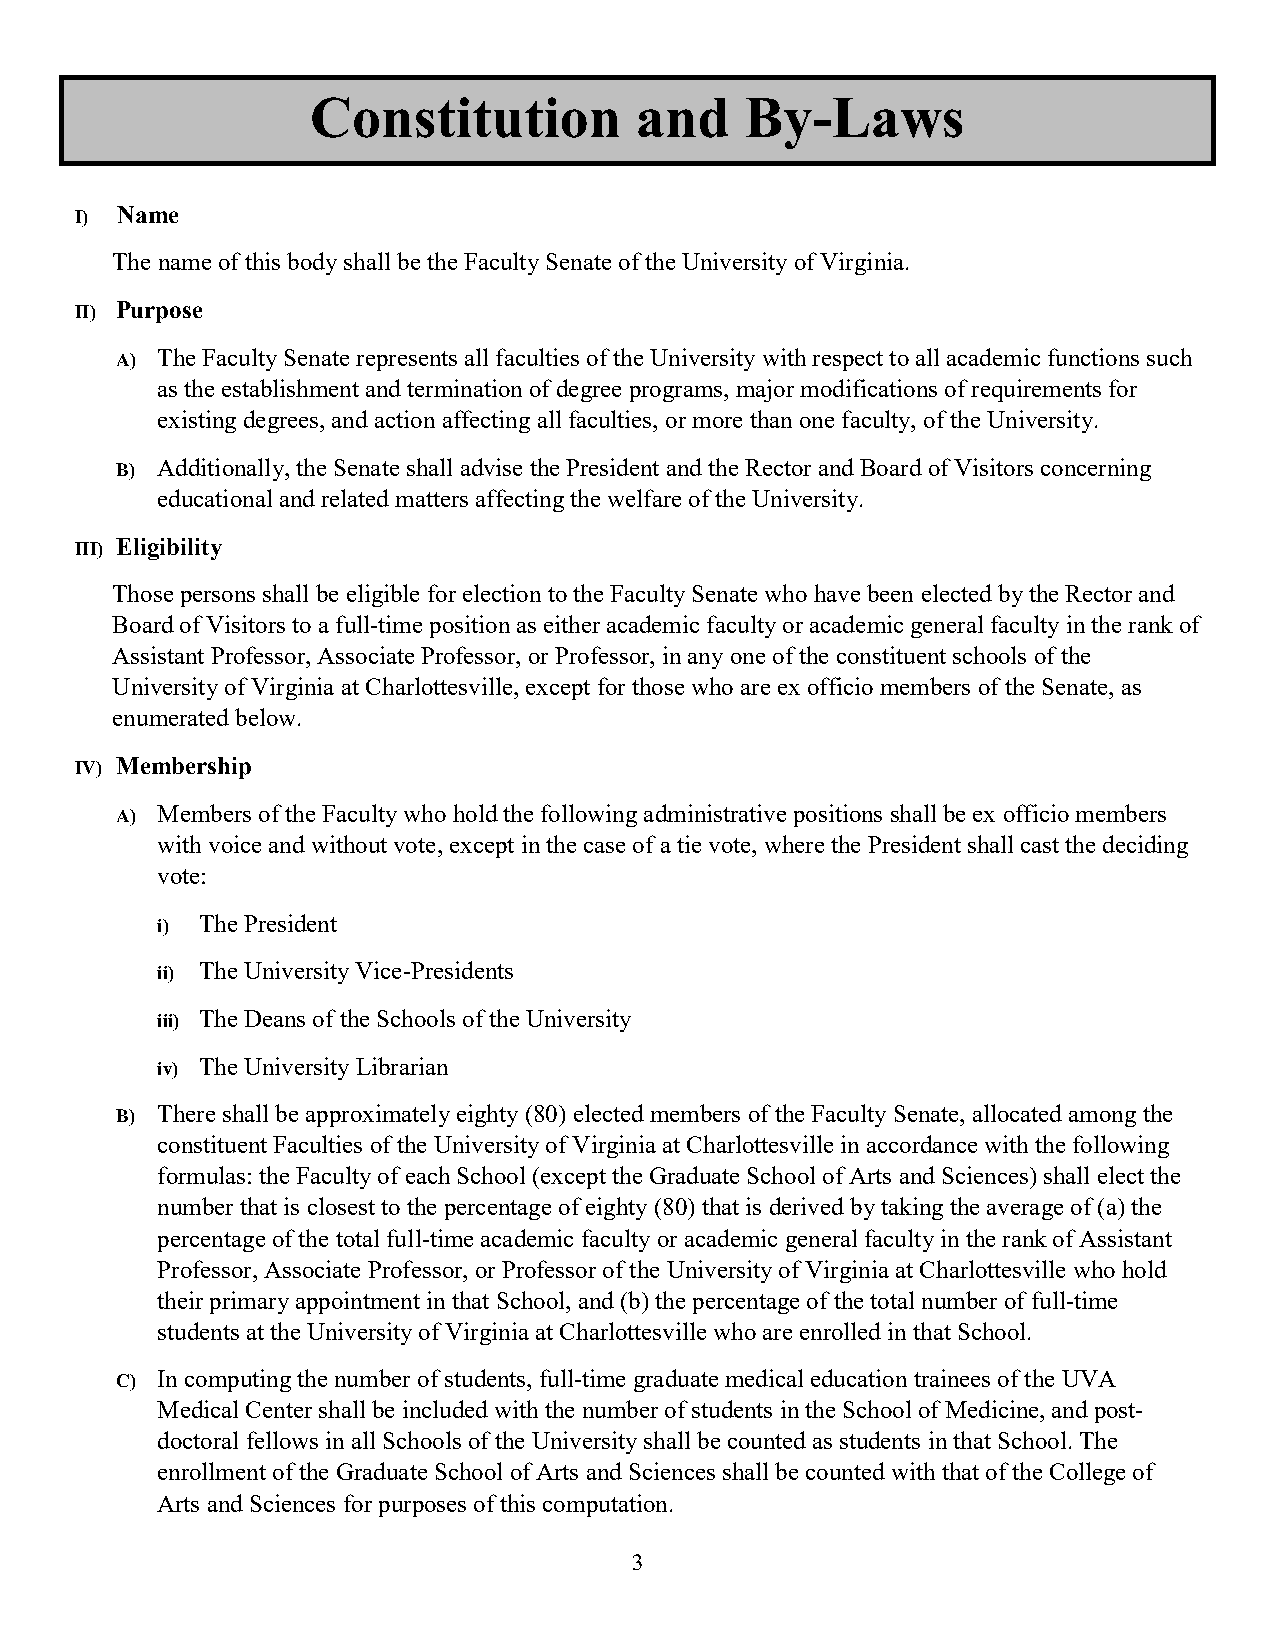
Constitution         and    By-Laws
 I) Name
 The name of this body shall be the Faculty Senate of the University of Virginia.
 II) Purpose
 A) The Faculty Senate represents all faculties of the University with respect to all academic functions such
 as the establishment and termination of degree programs, major modifications of requirements for
 existing degrees, and action affecting all faculties, or more than one faculty, of the University.
 B) Additionally, the Senate shall advise the President and the Rector and Board of Visitors concerning
 educational and related matters affecting the welfare of the University.
 III) Eligibility
 Those persons shall be eligible for election to the Faculty Senate who have been elected by the Rector and
 Board of Visitors to a full-time position as either academic faculty or academic general faculty in the rank of
 Assistant Professor, Associate Professor, or Professor, in any one of the constituent schools of the
 University of Virginia at Charlottesville, except for those who are ex officio members of the Senate, as
 enumerated below.
 IV) Membership
 A) Members of the Faculty who hold the following administrative positions shall be ex officio members
 with voice and without vote, except in the case of a tie vote, where the President shall cast the deciding
 vote:
 i) The President
 ii) The University Vice-Presidents
 iii) The Deans of the Schools of the University
 iv) The University Librarian
 B) There shall be approximately eighty (80) elected members of the Faculty Senate, allocated among the
 constituent Faculties of the University of Virginia at Charlottesville in accordance with the following
 formulas: the Faculty of each School (except the Graduate School of Arts and Sciences) shall elect the
 number that is closest to the percentage of eighty (80) that is derived by taking the average of (a) the
 percentage of the total full-time academic faculty or academic general faculty in the rank of Assistant
 Professor, Associate Professor, or Professor of the University of Virginia at Charlottesville who hold
 their primary appointment in that School, and (b) the percentage of the total number of full-time
 students at the University of Virginia at Charlottesville who are enrolled in that School.
 C) In computing the number of students, full-time graduate medical education trainees of the UVA
 Medical Center shall be included with the number of students in the School of Medicine, and post-
 doctoral fellows in all Schools of the University shall be counted as students in that School. The
 enrollment of the Graduate School of Arts and Sciences shall be counted with that of the College of
 Arts and Sciences for purposes of this computation.
 3